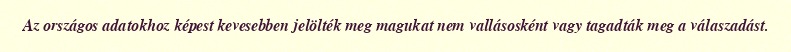
Az országos adatokhoz képest kevesebben jelölték meg magukat nem vallásosként vagy tagadták meg a válaszadást.